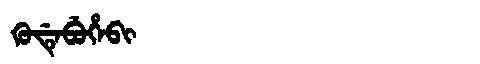
Manchu: ᡴᡠᡩᡝᠪᡠᡥᡝᠪᡳ
Romanization: KUDEBUHEBI